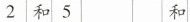
2和5 和